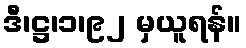
ဒီ၊ဋ္ဌ၊၁၊၉၂ မှယူရန်။